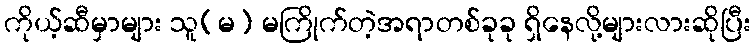
ကိုယ့်ဆီမှာများ သူ(မ) မကြိုက်တဲ့အရာတစ်ခုခု ရှိနေလို့များလားဆိုပြီး